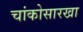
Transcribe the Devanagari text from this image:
चांकोसारखा